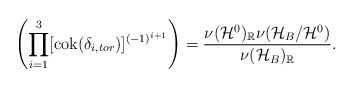
LaTeX: \begin{align*} \left(\prod_{i=1}^3[\mathrm{cok}(\delta_{i,tor})]^{(-1)^{i+1}}\right) = \frac{\nu(\mathcal{H}^0)_{\mathbb{R}}\nu(\mathcal{H}_B/\mathcal{H}^0)}{\nu(\mathcal{H}_B)_{\mathbb{R}}}. \end{align*}